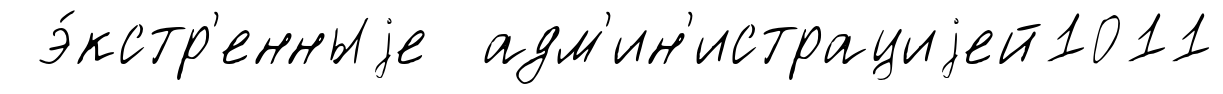
э́кстр'енныjе адм'ин'истрациjей1011